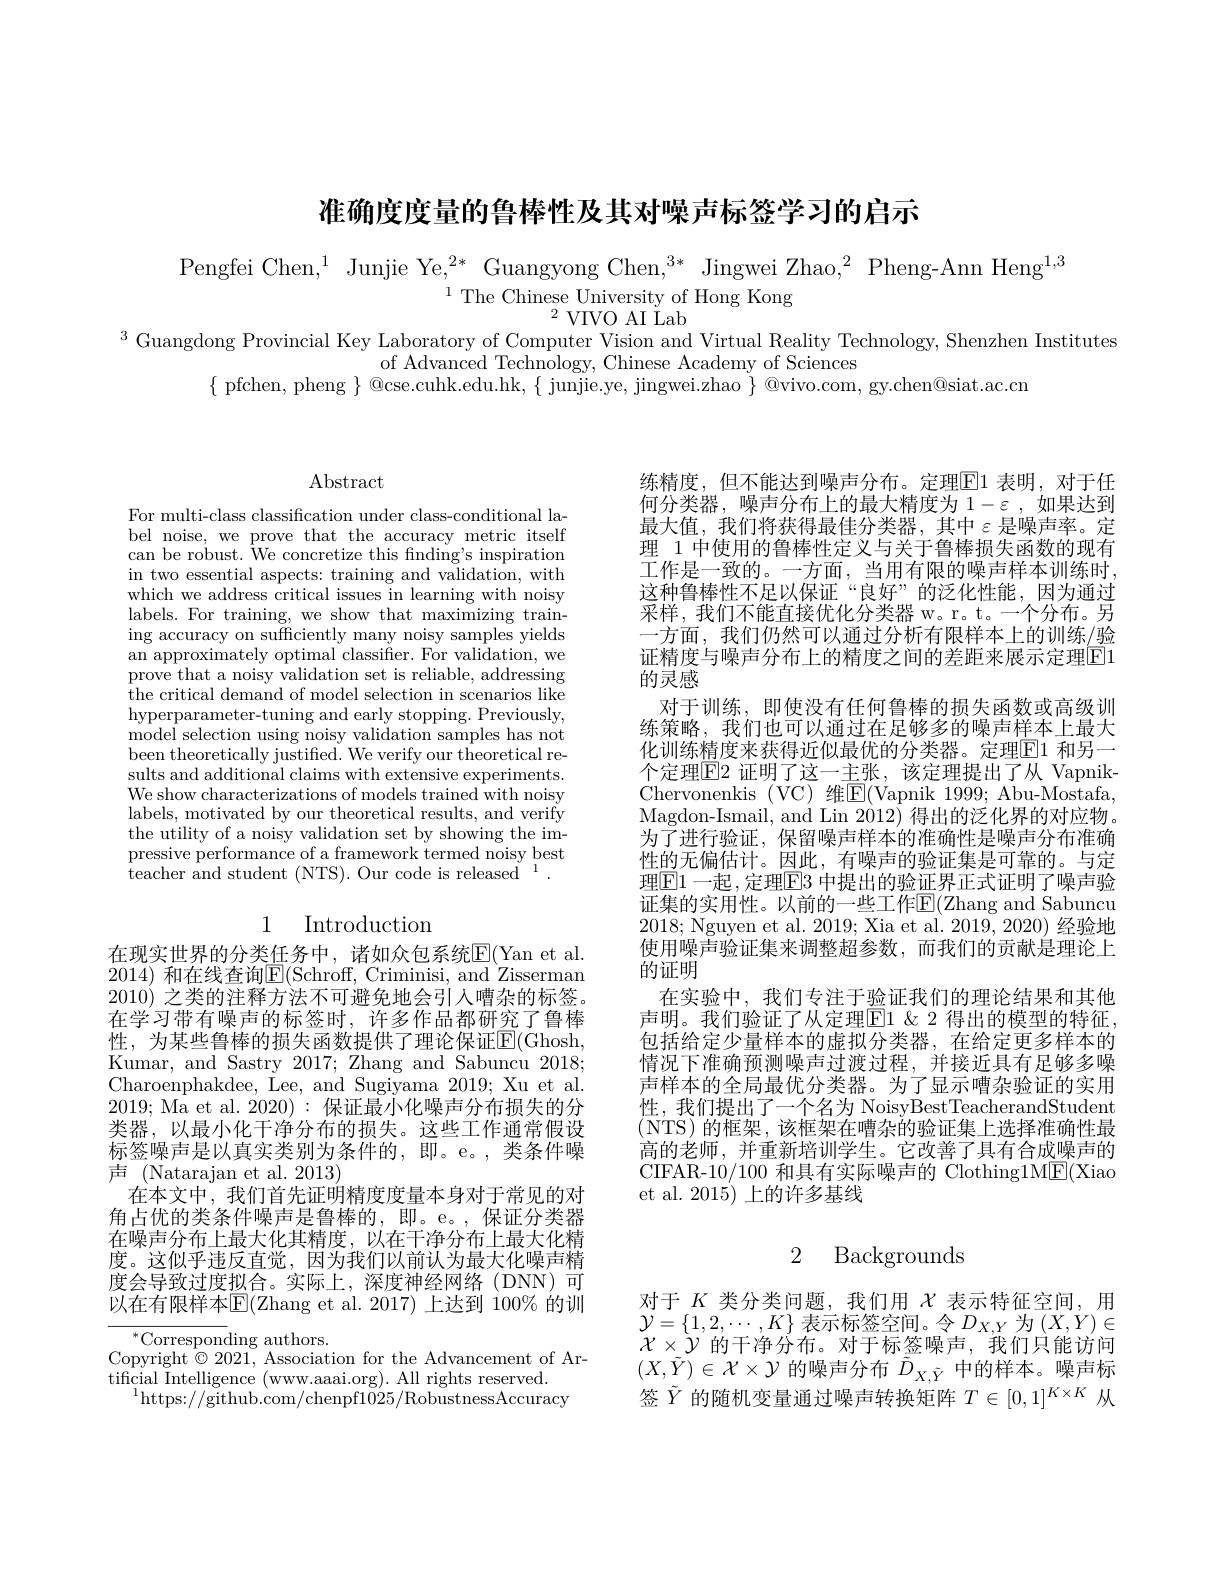
准确度度量的鲁棒性及其对噪声标签学习的启示

Pengfei Chen,$^1$ Junjie Ye,$^2*$ Guangyong Chen,$^3*$ Jingwei Zhao,$^2$ Pheng-Ann Heng$^1,3$
$^{1}$The Chinese University of Hong Kong
$^{2}$VIVO AI Lab
$^{3}$ Guangdong Provincial Key Laboratory of Computer Vision and Virtual Reality Technology, Shenzhen Institutes

of Advanced Technology, Chinese Academy of Sciences
$\{$ pfchen, pheng $\}$ @cse.cuhk.edu.hk, $\{$ junjie.ye, jingwei.zhao $\}$ @vivo.com, gy.chen@siat.ac.cn

$\operatorname{Abstract}$

For multi-class classification under class-conditional label noise, we prove that the accuracy metric itself can be robust. We concretize this finding's inspiration in two essential aspects: training and validation, with which we address critical issues in learning with noisy labels. For training, we show that maximizing training accuracy on sufficiently many noisy samples yields an approximately optimal classifier. For validation, we prove that a noisy validation set is reliable, addressing the critical demand of model selection in scenarios like hyperparameter-tuning and early stopping. Previously, model selection using noisy validation samples has not been theoretically justifed. We verify our theoretical results and additional claims with extensive experiments. We show characterizations of models trained with noisy labels, motivated by our theoretical results, and verify the utility of a noisy validation set by showing the impressive performance of a framework termed noisy best teacher and student (NTS). Our code is released $^1.$

# 1 Introduction

在现实世界的分类任务中，诸如众包系统E$( Yan et al.$ 2014) 和在线查询$\underline{\mathrm{E}}($Schroff, Criminisi, and Zisserman 2010)之类的注释方法不可避免地会引人嘈杂的标签。在学习带有噪声的标签时，许多作品都研究了鲁棒性，为某些鲁棒的损失函数提供了理论保证E(Ghosh, Kumar, and Sastry 2017; Zhang and Sabuncu 2018; Charoenphakdee, Lee, and Sugiyama 2019; Xu et al. 2019; Ma et al. 2020):保证最小化噪声分布损失的分类器，以最小化干净分布的损失。这些工作通常假设标签噪声是以真实类别为条件的，即。e。,类条件噪声 (Natarajan et al. 2013)
在本文中，我们首先证明精度度量本身对于常见的对角占优的类条件噪声是鲁棒的，即。e。,保证分类器在噪声分布上最大化其精度，以在干净分布上最大化精度。这似乎违反直觉，因为我们以前认为最大化噪声精度会导致过度拟合。实际上，深度神经网络(DNN)可以在有限样本E(Zhang et al.2017) 上达到 100% 的训

$^{*}$Corresponding authors.
Copyright$\hat{\otimes}2021$, Association for the Advancement of Ar-
tificial Intelligence ( www. aaai. org) . All rights reserved.
$^{1}$https:$//\bar{\text{github.com/chenpf}1025}/\bar{\text{RobustnessAccuracy}}$

练精度，但不能达到噪声分布。定理$\boxed{\mathrm{F}}1$ 表明，对于任何分类器，噪声分布上的最大精度为$1-\varepsilon$,如果达到最大值，我们将获得最佳分类器，其中$\varepsilon$ 是噪声率。定理 1 中使用的鲁棒性定义与关于鲁棒损失函数的现有工作是一致的。一方面，当用有限的噪声样本训练时， 这种鲁棒性不足以保证“良好”的泛化性能，因为通过采样，我们不能直接优化分类器 w。r。t。一个分布。另一方面，我们仍然可以通过分析有限样本上的训练/验证精度与噪声分布上的精度之间的差距来展示定理$\boxed{\mathrm{F}}1$ 的灵感
对于训练，即使没有任何鲁棒的损失函数或高级训练策略，我们也可以通过在足够多的噪声样本上最大化训练精度来获得近似最优的分类器。定理$\boxed{\mathrm{F}}1$ 和另一个定理$\boxed{\mathrm{F}}2$ 证明了这一主张，该定理提出了从 VapnikChervonenkis (VC)维E(Vapnik 1999; Abu-Mostafa, Magdon- Ismail, and Lin 2012) 得出的泛化界的对应物。为了进行验证，保留噪声样本的准确性是噪声分布准确性的无偏估计。因此，有噪声的验证集是可靠的。与定理$\boxed{\mathrm{E}1}$一起，定理$\boxed[3]$中提出的验证界正式证明了噪声验证集的实用性。以前的一些工作$\mathbb{E}($Zhang and Sabuncu 2018;Nguyen et al. 2019; Xia et al. 2019, 2020) 经验地使用噪声验证集来调整超参数，而我们的贡献是理论上的证明
在实验中，我们专注于验证我们的理论结果和其他声明。我们验证了从定理$\overline{\mathrm{E}}1\&$ 2 得出的模型的特征， 包括给定少量样本的虚拟分类器，在给定更多样本的情况下准确预测噪声过渡过程，并接近具有足够多噪声样本的全局最优分类器。为了显示嘈杂验证的实用性，我们提出了一个名为 NoisyBestTeacherandStudent (NTS)的框架，该框架在嘈杂的验证集上选择准确性最终时间的高的老师，并重新培训学生。它改善了具有合成噪声的CIFAR-10/100 和具有实际噪声的 Clothing1M$\underline{\mathrm{E}}($Xiao et al. 2015) 上的许多基线

## 2 Backgrounds

对于$K$类分类问题，我们用$\chi$表示特征空间，用$\mathcal{Y}=\{1,2,\cdots,K\}$表示标签空间。令$D_X,Y$为$(X,Y)\in$ $\chi\times\dot{\mathcal{Y}}$的干净分布。对于标签噪声，我们只能访问$(X,\tilde{Y})\in\mathcal{X}\times\mathcal{Y}$的噪声分布$\tilde{D}_{X,\tilde{Y}}$中的样本。噪声标签$\tilde{Y}$的随机变量通过噪声转换矩阵$T\in[0,1]^K\times K$从